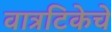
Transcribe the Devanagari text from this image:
वात्रटिकेचे